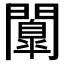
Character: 𮤤